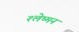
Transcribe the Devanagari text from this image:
श्‍लेष्‍मन